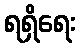
ရရှိရေး